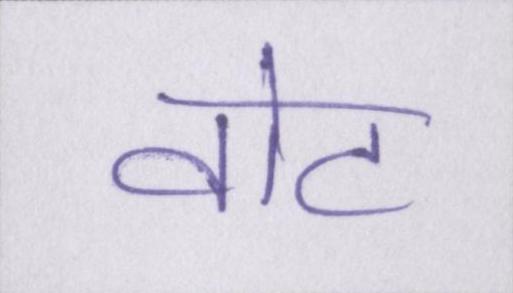
वोट